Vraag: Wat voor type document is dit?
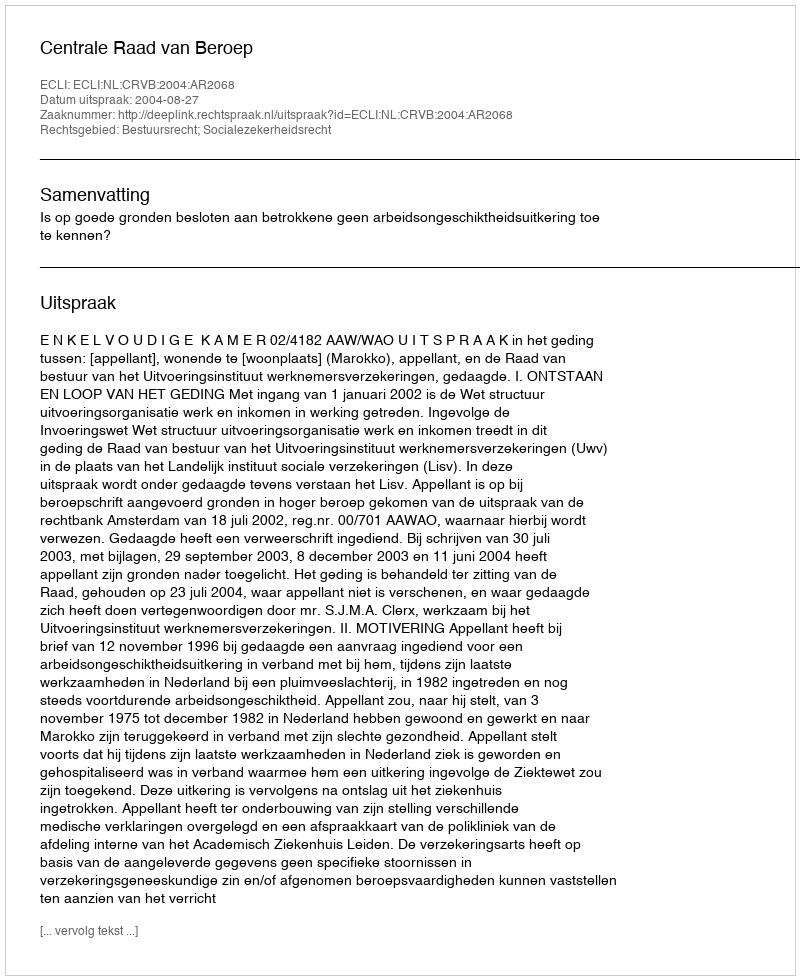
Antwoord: Uitspraak